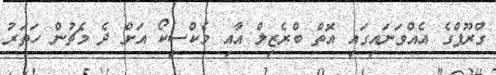
ގްރޫޕްގެ އެއްވަނައިގައި އޮތް ބްރެޒިލް އާއި މެކްސިކޯ އަށް ދެ މެޗުން ހަތަރު